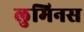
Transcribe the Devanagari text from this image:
लुमिनस